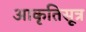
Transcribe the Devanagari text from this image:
आकृतिसूत्र